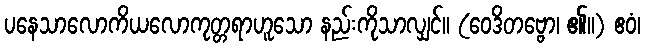
ပနေသာလောကိယလောကုတ္တရာဟူသော နည်းကိုသာလျှင်။ (ဝေဒိတဗ္ဗော၊ ၏။) ဧဝံ၊